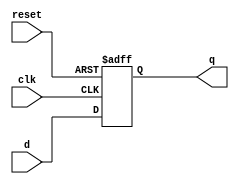
module RegisterFF #(parameter WIDTH = 8)
								(input clk,
								 input reset,
								 input  wire [WIDTH-1:0] d, 
								 output reg  [WIDTH-1:0] q);

  always @(posedge clk, posedge reset)
    if (reset) 
		q <= 0;
    else
		q <= d;
		
endmodule